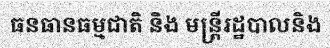
ធនធានធម្មជាតិ និង មន្ត្រីរដ្ឋបាលនិង